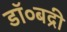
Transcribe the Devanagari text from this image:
डॉ०बद्री